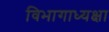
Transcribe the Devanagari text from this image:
विभागाध्यक्षा